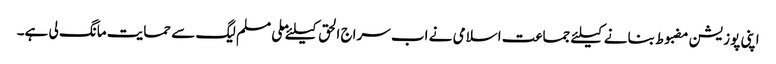
اپنی پوزیشن مضبوط بنانے کیلئے جماعت اسلامی نے اب سراج الحق کیلئے ملی مسلم لیگ سے حمایت مانگ لی ہے۔